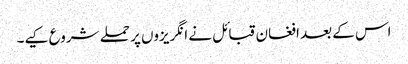
اس کے بعد افغان قبائل نے انگریزوں پر حملے شروع کیے۔